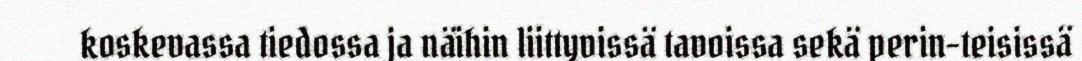
koskevassa tiedossa ja näihin liittyvissä tavoissa sekä perin-teisissä